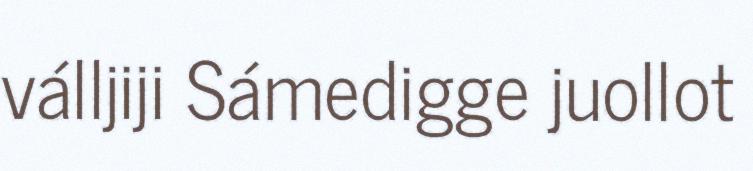
válljiji Sámedigge juollot